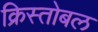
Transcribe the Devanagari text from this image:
क्रिस्तोबल